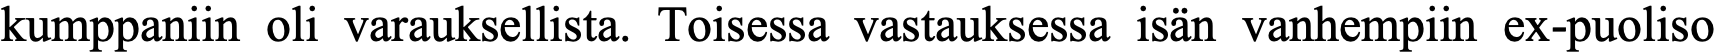
kumppaniin oli varauksellista. Toisessa vastauksessa isän vanhempiin ex-puoliso